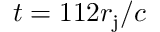
t = 1 1 2 r _ { \mathrm { j } } / c